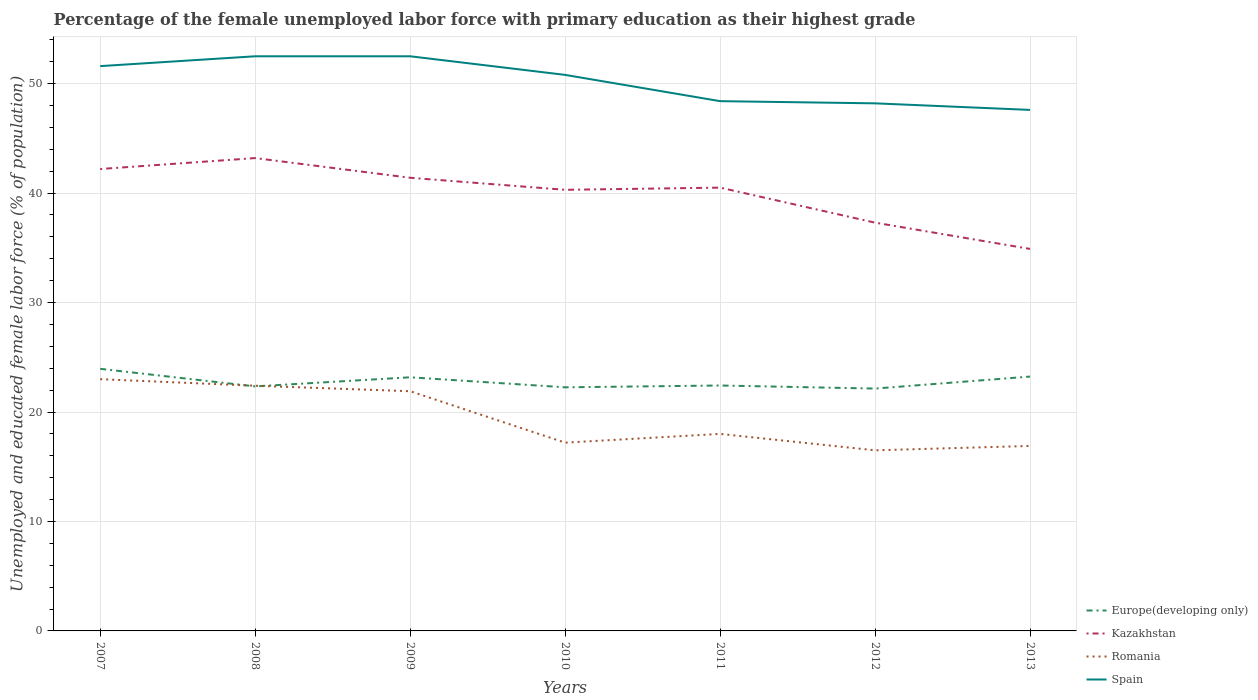
| Years | Europe(developing only) | Kazakhstan | Romania | Spain |
 | --- | --- | --- | --- | --- |
 | 2007 | 23.9 | 42.2 | 23 | 51.6 |
 | 2008 | 22.3 | 43.2 | 22.4 | 52.5 |
 | 2009 | 23.2 | 41.4 | 21.9 | 52.5 |
 | 2010 | 22.3 | 40.3 | 17.2 | 50.8 |
 | 2011 | 22.4 | 40.5 | 18 | 48.4 |
 | 2012 | 22.1 | 37.3 | 16.5 | 48.2 |
 | 2013 | 23.2 | 34.9 | 16.9 | 47.6 |